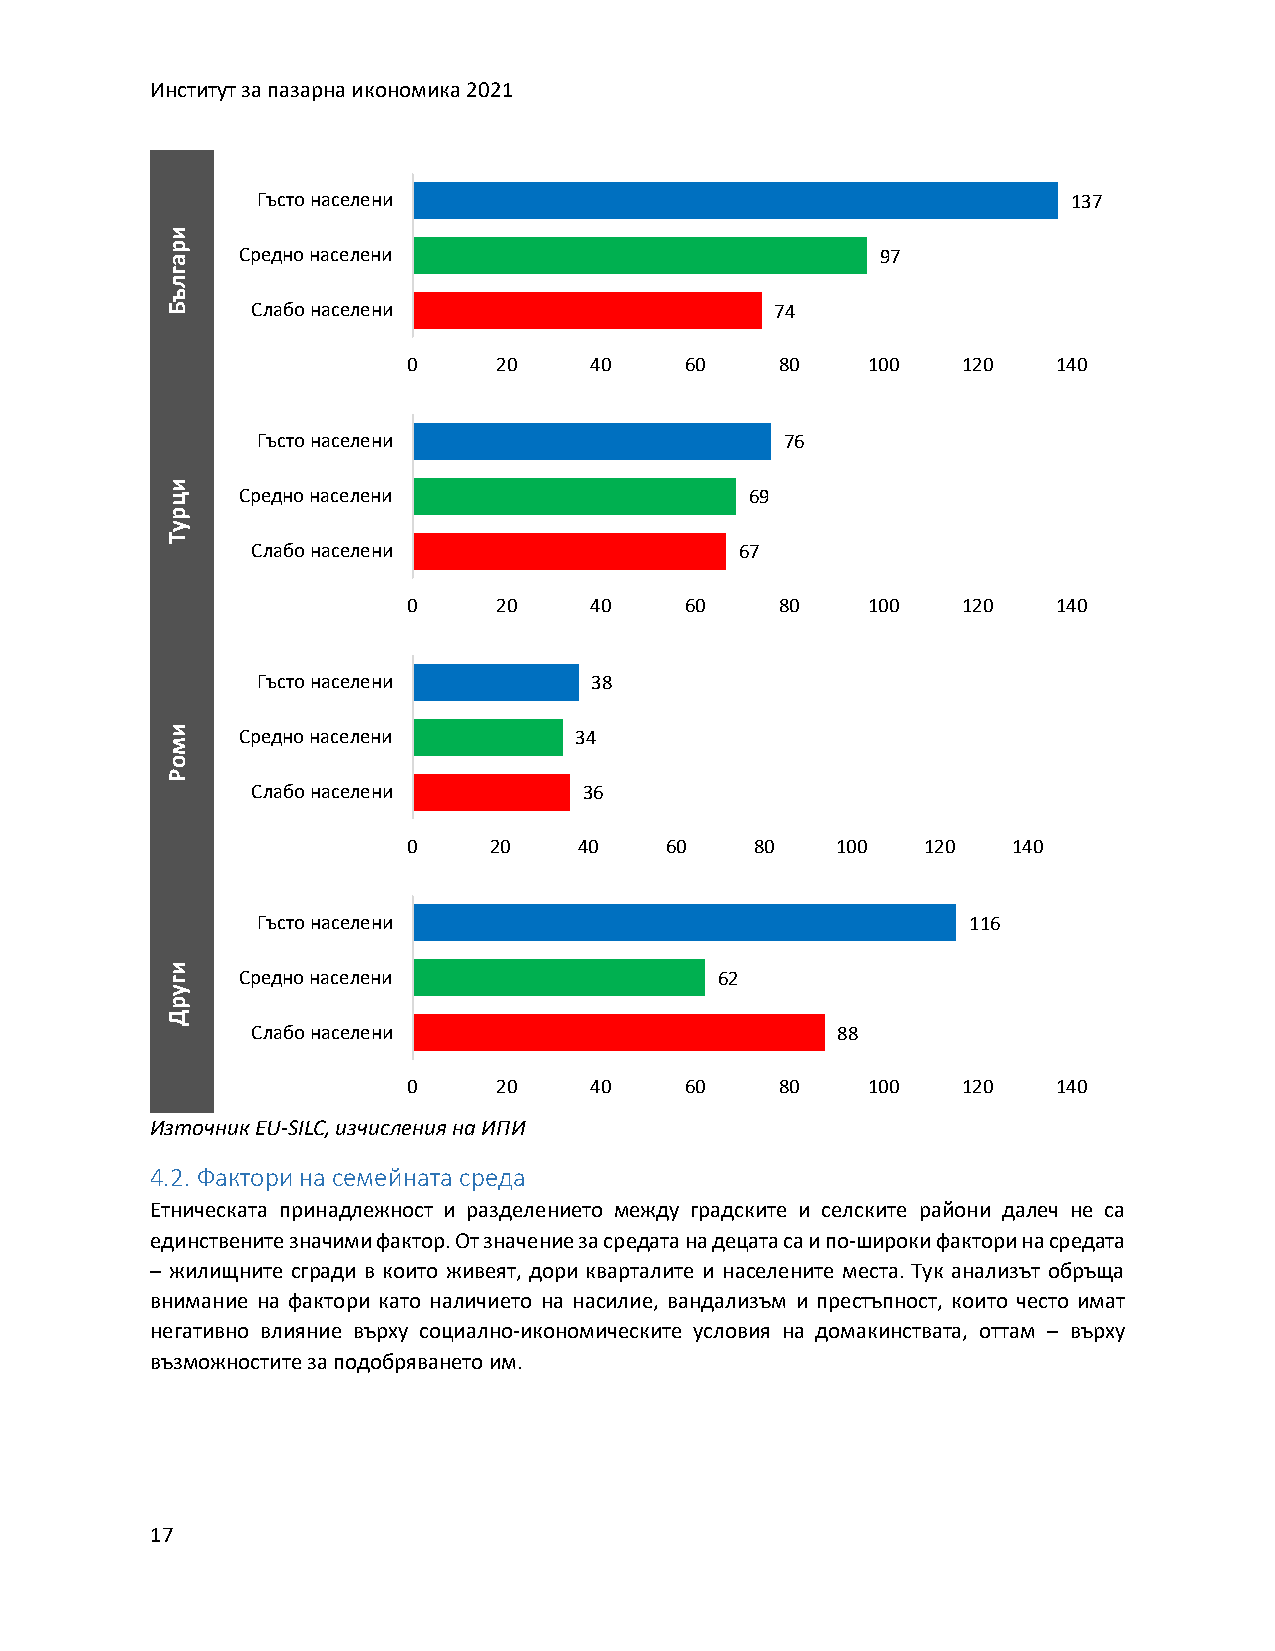
Институт за пазарна икономика 2021
 Гъсто населени                                        137
 и
 ар   Средно населени                           97
 г
 л
 ъ
 Б     Слабо населени                    74
 0     20    40    60     80   100    120   140
 Гъсто населени                     76
 и
 ц    Средно населени                   69
 р
 у
 Т
 Слабо населени                  67
 0     20    40    60     80   100    120   140
 Гъсто населени        38
 и    Средно населени       34
 м
 о
 Р
 Слабо населени        36
 0    20    40    60    80   100   120   140
 Гъсто населени                                 116
 и
 г    Средно населени                 62
 у
 р
 Д
 Слабо населени                        88
 0     20    40    60     80   100    120   140
 Източник EU-SILC, изчисления на ИПИ
 4.2. Фактори на семейната среда
 Етническата принадлежност и разделението между градските и селските райони далеч не са
 единствените значими фактор. От значение за средата на децата са и по-широки фактори на средата
 – жилищните сгради в които живеят, дори кварталите и населените места. Тук анализът обръща
 внимание на фактори като наличието на насилие, вандализъм и престъпност, които често имат
 негативно влияние върху социално-икономическите условия на домакинствата, оттам – върху
 възможностите за подобряването им.
 17